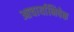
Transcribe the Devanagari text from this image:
आचार्याभिषेक